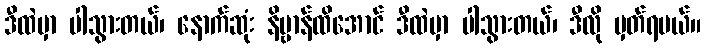
ဒီထဲမှာ ပါသွားတယ်၊ နောက်ဆုံး နိဗ္ဗာန်ထိအောင် ဒီထဲမှာ ပါသွားတယ်၊ ဒီလို မှတ်ရမယ်။